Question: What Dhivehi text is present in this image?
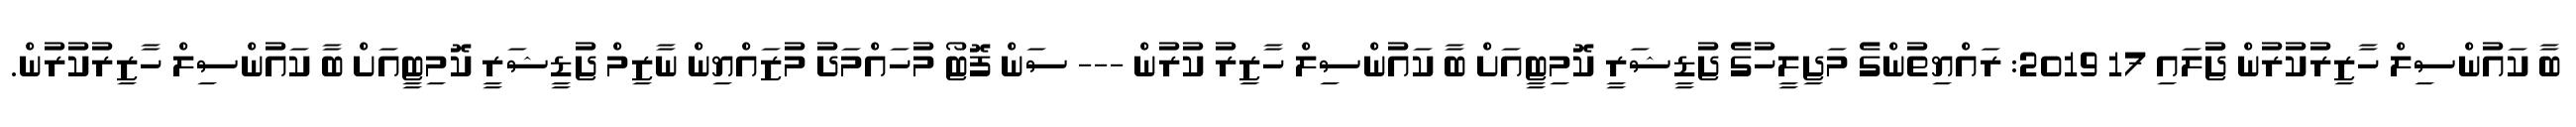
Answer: ބާ ކައުންސިލް ހާޒިރުކުރުން ޖުަލައި 17 2019: ރައްޔިތުންގެ މަޖިލީހުގެ ޖުޑީޝަރީ ކޮމިޓީއަށް ބާ ކައުންސިލް ހާޒިރު ކުރުން --- ސަން ފޮޓޯ މުހައްމަދު މުޒައްޔިން ނާޒިމް ޖުޑީޝަރީ ކޮމިޓީއަށް ބާ ކައުންސިލް ހާޒިރުކުރުން.